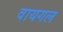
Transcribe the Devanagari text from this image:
वायगल